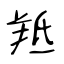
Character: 羝